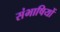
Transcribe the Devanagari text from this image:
संभाषियों